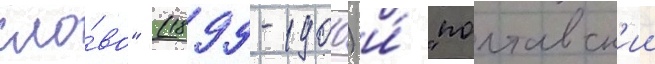
сло́во" (1899-1900) и́ "полтавск'ии